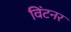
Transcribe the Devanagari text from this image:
विंटनर